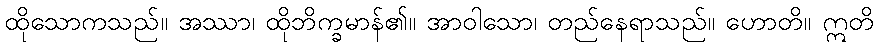
ထိုသောကသည်။ အဿာ၊ ထိုဘိက္ခမာန်၏။ အာဝါသော၊ တည်နေရာသည်။ ဟောတိ။ ဣတိ